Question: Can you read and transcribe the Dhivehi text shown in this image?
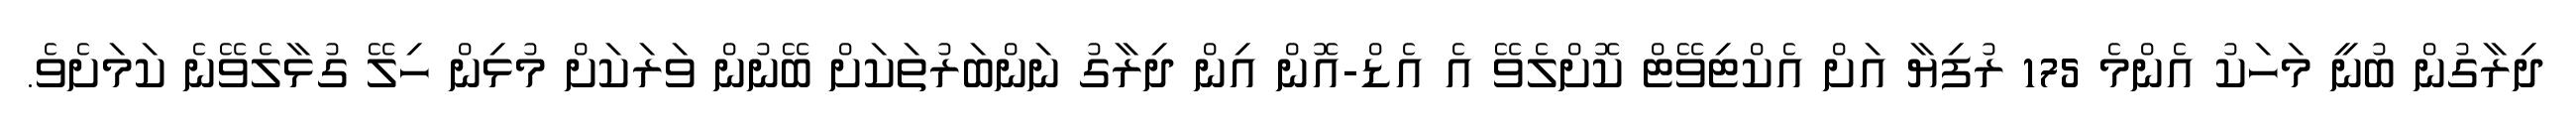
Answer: ދިރާގުން ބުނީ މަހަކު އެންމެ 175 ރުފިޔާ އަށް އެކްޓިވޭޓް ކޮށްލެވޭ އެ އެޑް-އޮން އިން ދިރާގު ނަންބަރުތަކަށް ބޭނުން ވަރަކަށް މުޅިން ހިލޭ ގުޅާލެވޭނެ ކަމަށެވެ.